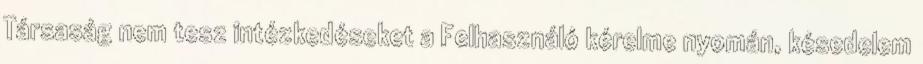
Társaság nem tesz intézkedéseket a Felhasználó kérelme nyomán, késedelem